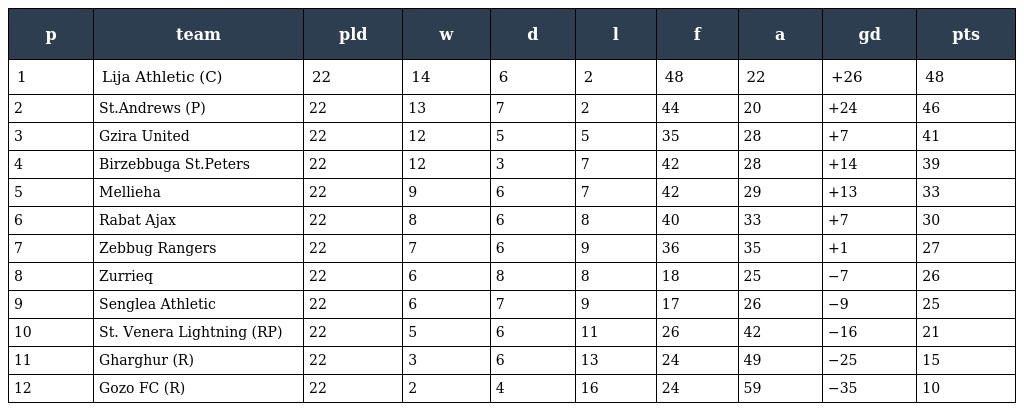
| p | team | pld | w | d | l | f | a | gd | pts |
 | --- | --- | --- | --- | --- | --- | --- | --- | --- | --- |
 | 1 | Lija Athletic (C) | 22 | 14 | 6 | 2 | 48 | 22 | +26 | 48 |
 | 2 | St.Andrews (P) | 22 | 13 | 7 | 2 | 44 | 20 | +24 | 46 |
 | 3 | Gzira United | 22 | 12 | 5 | 5 | 35 | 28 | +7 | 41 |
 | 4 | Birzebbuga St.Peters | 22 | 12 | 3 | 7 | 42 | 28 | +14 | 39 |
 | 5 | Mellieha | 22 | 9 | 6 | 7 | 42 | 29 | +13 | 33 |
 | 6 | Rabat Ajax | 22 | 8 | 6 | 8 | 40 | 33 | +7 | 30 |
 | 7 | Zebbug Rangers | 22 | 7 | 6 | 9 | 36 | 35 | +1 | 27 |
 | 8 | Zurrieq | 22 | 6 | 8 | 8 | 18 | 25 | −7 | 26 |
 | 9 | Senglea Athletic | 22 | 6 | 7 | 9 | 17 | 26 | −9 | 25 |
 | 10 | St. Venera Lightning (RP) | 22 | 5 | 6 | 11 | 26 | 42 | −16 | 21 |
 | 11 | Gharghur (R) | 22 | 3 | 6 | 13 | 24 | 49 | −25 | 15 |
 | 12 | Gozo FC (R) | 22 | 2 | 4 | 16 | 24 | 59 | −35 | 10 |